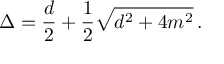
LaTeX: \Delta = \frac { d } { 2 } + \frac { 1 } { 2 } \sqrt { d ^ { 2 } + 4 m ^ { 2 } } \, .